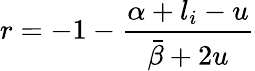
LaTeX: r=-1-\frac{\alpha+l_{i}-u}{\bar{\beta}+2u}